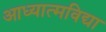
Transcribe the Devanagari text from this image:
आध्यात्मविद्या